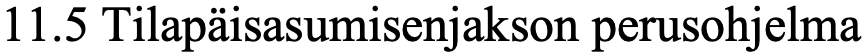
11.5 Tilapäisasumisenjakson perusohjelma